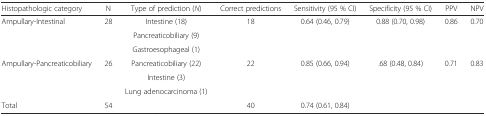
| Histopathologic category | N | Type of prediction (N) | Correct predictions | Sensitivity (95 % CI) | Specificity (95 % CI) | PPV | NPV |
 | --- | --- | --- | --- | --- | --- | --- | --- |
 | <ROWSPAN=3> Ampullary-Intestinal | <ROWSPAN=3> 28 | Intestine (18) | <ROWSPAN=3> 18 | <ROWSPAN=3> 0.64 (0.46, 0.79) | <ROWSPAN=3> 0.88 (0.70, 0.98) | <ROWSPAN=3> 0.86 | <ROWSPAN=3> 0.70 |
 | Pancreaticobiliary (9) |
 | Gastroesophageal (1) |
 | <ROWSPAN=3> Ampullary-Pancreaticobiliary | <ROWSPAN=3> 26 | Pancreaticobiliary (22) | <ROWSPAN=3> 22 | <ROWSPAN=3> 0.85 (0.66, 0.94) | <ROWSPAN=3> .68 (0.48, 0.84) | <ROWSPAN=3> 0.71 | <ROWSPAN=3> 0.83 |
 | Intestine (3) |
 | Lung adenocarcinoma (1) |
 | Total | 54 |  | 40 | 0.74 (0.61, 0.84) |  |  |  |